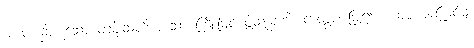
အစုံတည်းဟူသော တံပိုးသတိဟူသော ကြိုးဖြင့် ဖွဲ့သည်ကို။ ကတွာ၊ ပြု၍။ ယာဝ၊ အကြင်မျှ